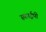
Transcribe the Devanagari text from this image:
स्काईपी